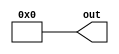
module constant_value #(parameter W = 8, value = 1'd0) (out);
	output wire [W-1:0] out;
	assign out = value;
endmodule